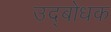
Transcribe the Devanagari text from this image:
उद्‍बोधक